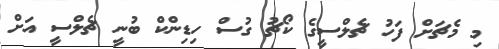
މި މެޗަށް ފަހު ޗެލްސީގެ ކޯޗު ގުސް ހިޑިންކް ބުނީ ޗެލްސީ އަށް